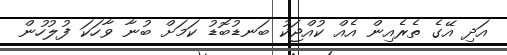
އަދި އޭގެ ތެރެއިން އެއް ކުއްޖަކު ބަނޑުބޮޑު ކަމަށް ބުނާ ވާހަކަ ފުލުހުން